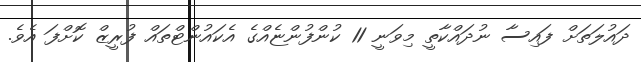
ދައުލަތަށް ފައިސާ ނުދައްކާތީ މިވަނީ 11 ކުންފުންޏެއްގެ އެކައުންޓްތައް ފުރީޒް ކޮށްފަ އެވެ.